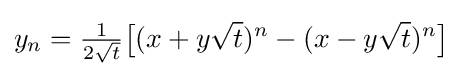
y_{n}={\tfrac {1}{2{\sqrt {t}}}}{\big [}(x+y{\sqrt {t}})^{n}-(x-y{\sqrt {t}})^{n}{\big ]}